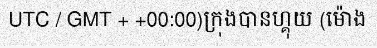
UTC / GMT + +00:00)ក្រុងបានហ្គុយ (ម៉ោង